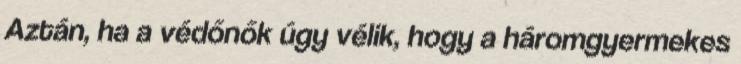
Aztán, ha a védőnők úgy vélik, hogy a háromgyermekes